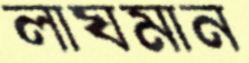
লাঘমান